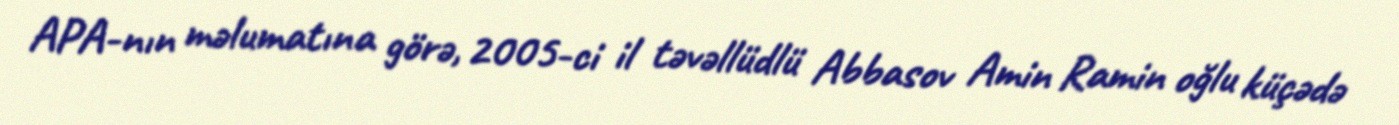
APA-nın məlumatına görə, 2005-ci il təvəllüdlü Abbasov Amin Ramin oğlu küçədə